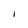
Character: I